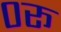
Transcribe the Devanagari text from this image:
०रू